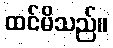
ထင်မိသည်။